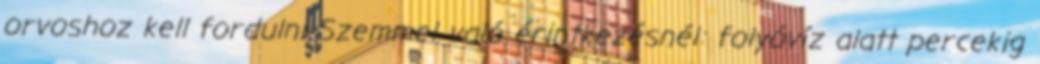
orvoshoz kell fordulni Szemmel való érintkezésnél: folyóvíz alatt percekig